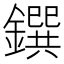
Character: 鐉